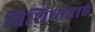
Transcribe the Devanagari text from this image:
विशिष्तताएं